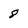
Character: 8